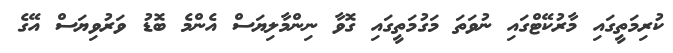
ކުރިމަތީގައި މާރުކޭޓްގައި ނުވަތަ މަގުމަތީގައި ގޮވާ ނިންމާލިޔަސް އެންމެ ބޮޑު ވަރުވިޔަސް އޭގެ